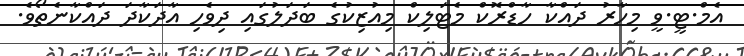
އެމް.ޓީ.ވީ މިހާރު ދައްކާ ހާޑްރޮކް މެޓަލިކް މިއުޒިކުގެ ބަދަލުގައި ދިވެހި އާދަކާދަ ދައްކާނެތޯވެ.